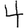
Digit: 4